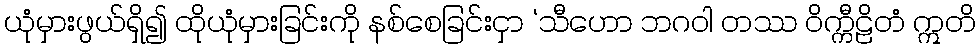
ယုံမှားဖွယ်ရှိ၍ ထိုယုံမှားခြင်းကို နစ်စေခြင်းငှာ ‘သီဟော ဘဂဝါ တဿ ဝိက္ကီဠိတံ ဣတိ